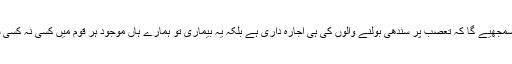
اس سے آپ یہ ہر گز نہ سمجھیے گا کہ تعصب پر سندھی بولنے والوں کی ہی اجارہ داری ہے بلکہ یہ بیماری تو ہمارے ہاں موجود ہر قوم میں کسی نہ کسی شکل میں پھیلی ہوئی ہے۔